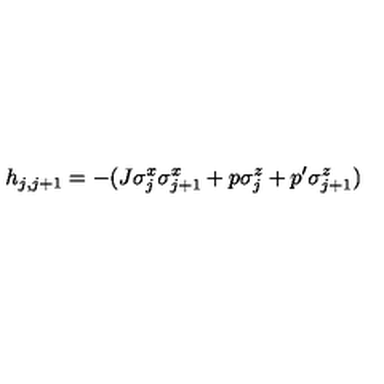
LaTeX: h _ { j , j + 1 } = - ( J \sigma _ { j } ^ { x } \sigma _ { j + 1 } ^ { x } + p \sigma _ { j } ^ { z } + p ^ { \prime } \sigma _ { j + 1 } ^ { z } )